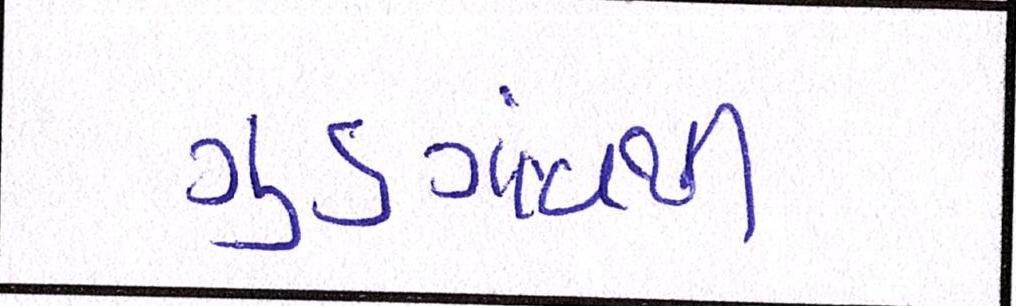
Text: ગુડગાંવથી